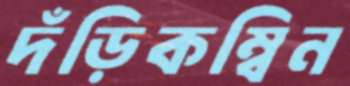
দঁড়িকম্বিন